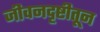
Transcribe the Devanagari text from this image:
जीवनदृष्टीतून